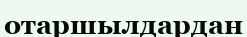
отаршылдардан